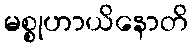
မစ္စုဟာယိနောတိ